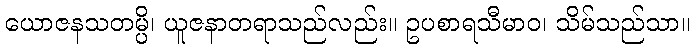
ယောဇနသတမ္ပိ၊ ယူဇနာတရာသည်လည်း။ ဥပစာရသီမာဝ၊ သိမ်သည်သာ။